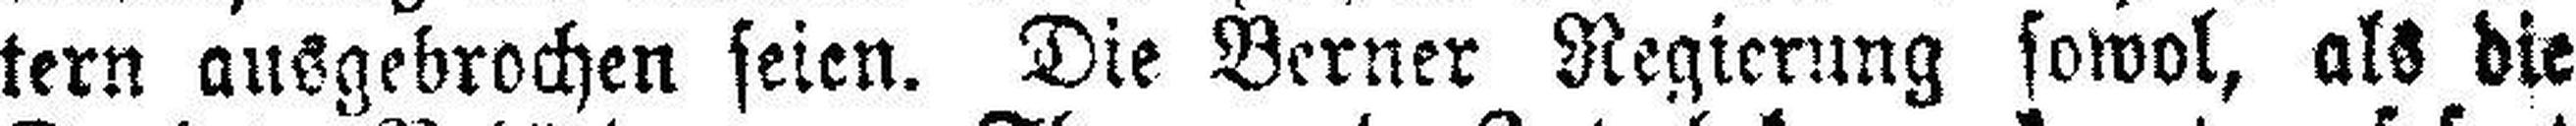
tern ausgebrochen seien. Die Berner Regierung sowol, als die